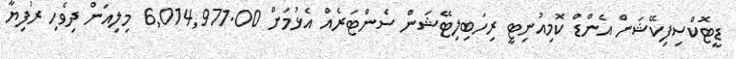
ޑީޓޮކްސިފިކޭޝަން އެންޑް ކޮމިއުނިޓީ ރިހަބިލިޓޭޝަން ސެންޓަރެއް އެޅުމަށް 6